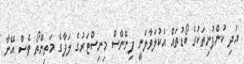
އަދި ކުންފުނިތަކުގެ ބޯޑުތައް އެކުލަވާލަނީ ފިނޭންސް މިނިސްޓަރުގެ ލަފާގެ މަތިންތޯ ވެސް އޭނާ